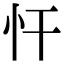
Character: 忓